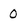
Character: 0